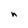
Character: n